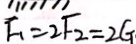
F _ { 1 } = 2 F _ { 2 } = 2 G